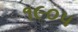
૧૯૦૫